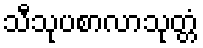
သီသုပစာလာသုတ္တံ